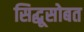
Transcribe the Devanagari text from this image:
सिद्धूसोबत